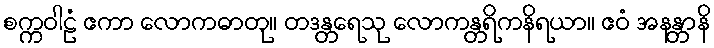
စက္ကဝါဠံ ဧကာ လောကဓာတု။ တဒန္တရေသု လောကန္တရိကနိရယာ။ ဧဝံ အနန္တာနိ